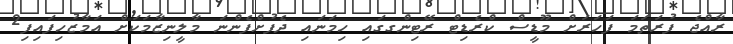
ރާއްޖެ ފުރަތަމަ ފަހަރަށް މޫޑީސް ކްރެޑިޓް ރޭޓިންގގައި ހިމަނައި ދެފުށްފެންނަ މާލީނިޒާމަކަށް އަމާޒުހިފައިފި2